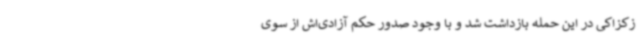
زکزاکی در این حمله بازداشت شد و با وجود صدور حکم آزادی‌اش از سوی